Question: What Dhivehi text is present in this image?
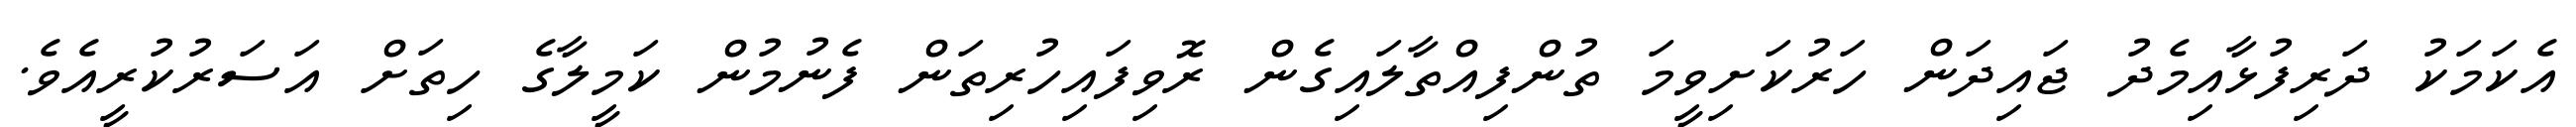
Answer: އެކަމަކު ދަރިފުޅާއިމެދު ޖައިދަން ހަރުކަށިވީމަ ތުންފިއްތާލައިގެން ރޮވިފައިހުރިތަން ފެނުމުން ކަމީލާގެ ހިތަށް އަސަރުކުރީއެވެ.